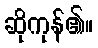
ဆိုကုန်၏။